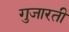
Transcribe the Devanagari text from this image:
गुजारती